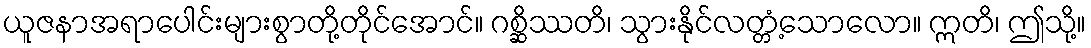
ယူဇနာအရာပေါင်းများစွာတို့တိုင်အောင်။ ဂစ္ဆိဿတိ၊ သွားနိုင်လတ္တံ့သောလော။ ဣတိ၊ ဤသို့။